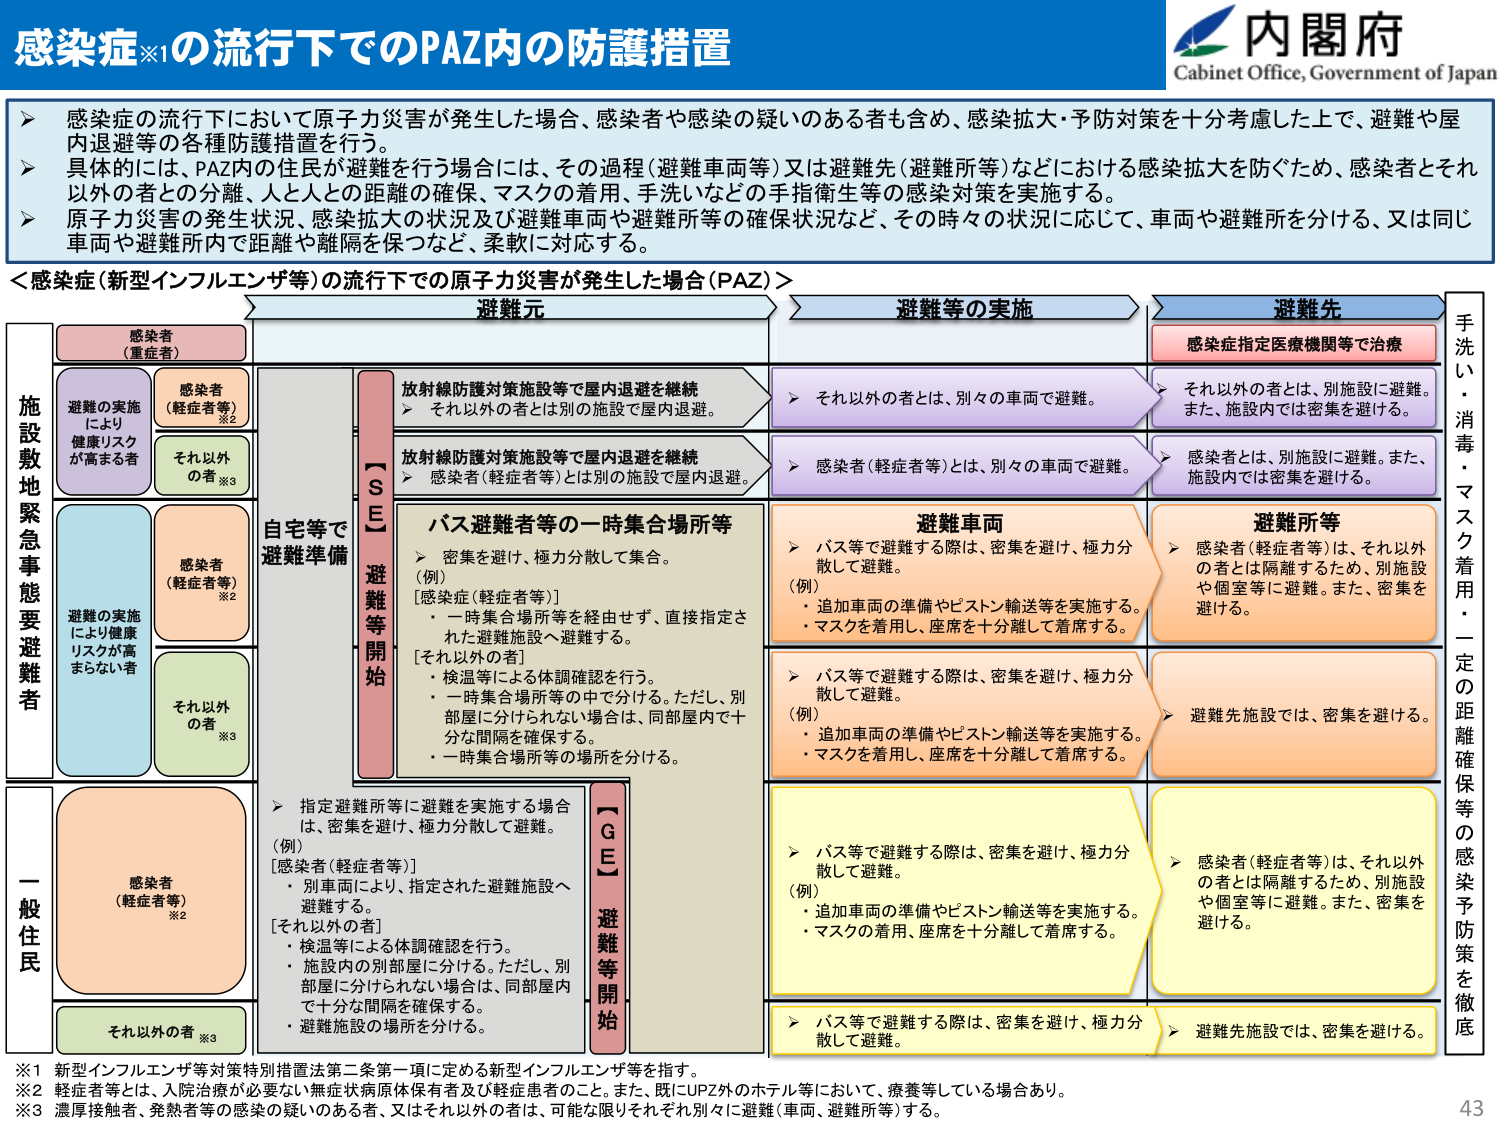
感染症※1の流行下でのPAZ内の防護措置
内閣府
Cabinet Office, Government of Japan
▶ 感染症の流行下において原子力災害が発生した場合、感染者や感染の疑いのある者も含め、感染拡大・予防対策を十分考慮した上で、避難や屋内退避等の各種防護措置を行う。
▶ 具体的には、PAZ内の住民が避難を行う場合には、その過程（避難車両等）又は避難先（避難所等）などにおける感染拡大を防ぐため、感染者とそれ以外の者との分離、人と人との距離の確保、マスクの着用、手洗いなどの手指衛生等の感染対策を実施する。
▶ 原子力災害の発生状況、感染拡大の状況及び避難車両や避難所等の確保状況など、その時点の状況に応じて、車両や避難所を分ける、又は同じ車両や避難所内で距離や離隔を保つなど、柔軟に対応する。
＜感染症（新型インフルエンザ等）の流行下での原子力災害が発生した場合（PAZ）＞
避難元
避難等の実施
避難先
施設敷地緊急事態要避難者
感染者（重症者）
感染者（軽症者等）※2
それ以外の者※3
避難の実施により健康リスクが高まる者
感染者（軽症者等）※2
それ以外の者※3
避難の実施により健康リスクが高まらない者
自宅等で避難準備
【ISE】避難等開始
放射線防護対策施設等で屋内退避を継続
▶ それ以外の者とは別の施設で屋内退避。
放射線防護対策施設等で屋内退避を継続
▶ 感染者（軽症者等）とは別の施設で屋内退避。
バス避難者等の一時集合場所等
▶ 密集を避け、極力分散して集合。
（例）
［感染症（軽症者等）］
・一時集合場所等を経由せず、直接指定された避難施設へ避難する。
［それ以外の者］
・検温等による体調確認を行う。
・一時集合場所等の中で分ける。ただし、別部屋に分けられない場合は、同部屋内で十分な間隔を確保する。
・一時集合場所等の場所を分ける。
▶ それ以外の者とは、別々の車両で避難。
▶ 感染者（軽症者等）とは、別々の車両で避難。
▶ それ以外の者とは、別施設に避難。また、施設内では密集を避ける。
▶ 感染者とは、別施設に避難。また、施設内では密集を避ける。
避難車両
▶ バス等で避難する際は、密集を避け、極力分散して避難。
（例）
・追加車両の準備やピストン輸送等を実施する。
・マスクを着用し、座席を十分離して着席する。
▶ バス等で避難する際は、密集を避け、極力分散して避難。
（例）
・追加車両の準備やピストン輸送等を実施する。
・マスクの着用、座席を十分離して着席する。
▶ バス等で避難する際は、密集を避け、極力分散して避難。
（例）
・追加車両の準備やピストン輸送等を実施する。
・マスクの着用、座席を十分離して着席する。
▶ バス等で避難する際は、密集を避け、極力分散して避難。
避難所等
▶ 感染者（軽症者等）は、それ以外の者とは隔離するため、別施設や個室等に避難。また、密集を避ける。
▶ 避難先施設では、密集を避ける。
▶ 感染者（軽症者等）は、それ以外の者とは隔離するため、別施設や個室等に避難。また、密集を避ける。
▶ 避難先施設では、密集を避ける。
一般住民
感染者（軽症者等）※2
それ以外の者※3
▶ 指定避難所等に避難を実施する場合は、密集を避け、極力分散して避難。
（例）
［感染者（軽症者等）］
・別車両により、指定された避難施設へ避難する。
［それ以外の者］
・検温等による体調確認を行う。
・施設内の別部屋に分ける。ただし、別部屋に分けられない場合は、同部屋内で十分な間隔を確保する。
・避難施設の場所を分ける。
【GE】避難等開始
手洗い・消毒・マスク着用・一定の距離確保等の感染予防策を徹底
※1 新型インフルエンザ等対策特別措置法第二条第一項に定める新型インフルエンザ等を指す。
※2 軽症者等とは、入院治療が必要ない無症状病原体保有者及び軽症患者のこと。また、既にUPZ外のホテル等において、療養等している場合あり。
※3 濃厚接触者、発熱者等の感染の疑いのある者、又はそれ以外の者は、可能な限りそれぞれ別々に避難（車両、避難所等）する。
43